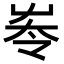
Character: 𡴔